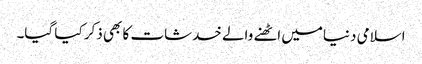
اسلامی دنیامیں اٹھنے والے خدشات کا بھی ذکر کیا گیا۔